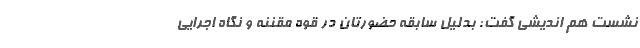
نشستِ هم اندیشی گفت: بدلیل سابقه حضورتان در قوه مقننه و نگاه اجرایی